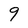
Character: 9